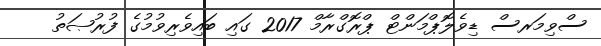
ސްވިމަރސް ޑިވެލޮޕްމަންޓް ޕްރޮގްރާމް 2017 ގައި ބައިވެރިވުމުގެ ފުރުޞަތު